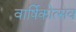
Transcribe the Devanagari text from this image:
वार्षिकोत्‍सव